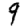
Digit: 9